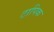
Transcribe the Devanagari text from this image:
टापिक